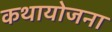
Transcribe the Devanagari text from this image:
कथायोजना